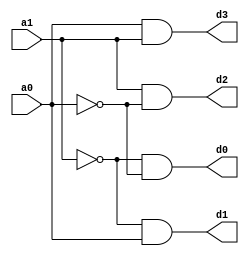
module decoder2to4_df(a0,a1,d0,d1,d2,d3);
input a0, a1;
output d0,d1,d2,d3;
assign a1bar=~a1;
assign a0bar=~a0;
assign d0=a1bar & a0bar;
assign d1=a1bar & a0;
assign d2=a1 & a0bar;
assign d3=a0 & a1;
endmodule